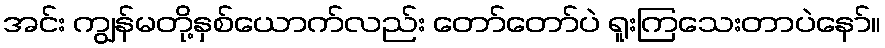
အင်း ကျွန်မတို့နှစ်ယောက်လည်း တော်တော်ပဲ ရူးကြသေးတာပဲနော်။